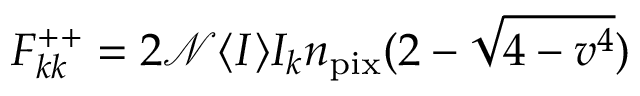
F _ { k k } ^ { + + } = 2 \mathcal { N } \langle I \rangle I _ { k } n _ { \mathrm { p i x } } ( 2 - \sqrt { 4 - v ^ { 4 } } )